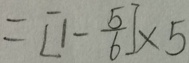
= [ 1 - \frac { 5 } { 6 } ] \times 5